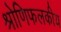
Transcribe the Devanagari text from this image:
श्रोणिफलकीय